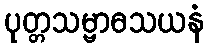
ပုတ္တသမ္ဗာဓသယနံ